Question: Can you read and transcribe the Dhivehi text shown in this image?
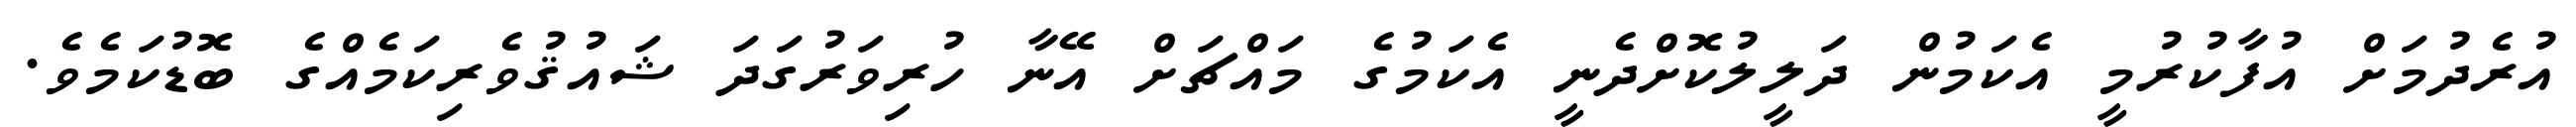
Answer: އުރެދުމަށް އުފާކުރުމީ އެކަމުން ދަލީލުކޮށްދެނީ އެކަމުގެ މައްޗަށް އޭނާ ހުރިވަރުގަދަ ޝައުޤުވެރިކަމެއްގެ ބޮޑުކަމެވެ.